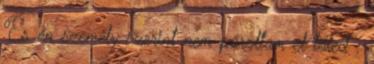
És én személy szerint nem pároltam el tőled :